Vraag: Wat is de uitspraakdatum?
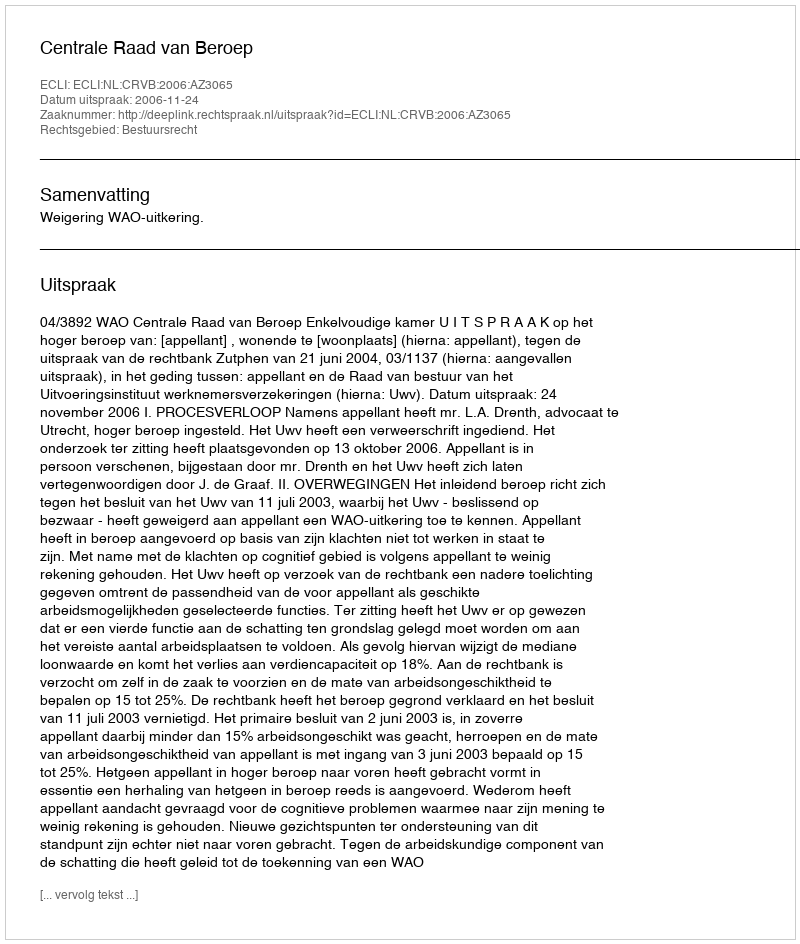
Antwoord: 2006-11-24